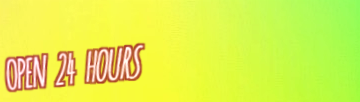
OPEN 24 HOURS